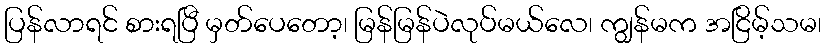
ပြန်လာရင် စားရပြီ မှတ်ပေတော့၊ မြန်မြန်ပဲလုပ်မယ်လေ၊ ကျွန်မက အငြိမ့်သမ၊